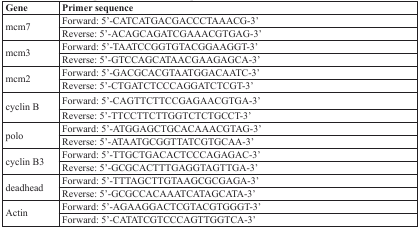
<table><thead><tr><td><b>Gene</b></td><td><b>Primer sequence</b></td></tr></thead><tbody><tr><td rowspan="2">mcm7</td><td>Forward: 5′-CATCATGACGACCCTAAACG-3′</td></tr><tr><td>Reverse: 5′-ACAGCAGATCGAAACGTGAG-3′</td></tr><tr><td rowspan="2">mcm3</td><td>Forward: 5′-TAATCCGGTGTACGGAAGGT-3′</td></tr><tr><td>Reverse: 5′-GTCCAGCATAACGAAGAGCA-3′</td></tr><tr><td rowspan="2">mcm2</td><td>Forward: 5′-GACGCACGTAATGGACAATC-3′</td></tr><tr><td>Reverse: 5′-CTGATCTCCCAGGATCTCGT-3′</td></tr><tr><td rowspan="2">cyclin B</td><td>Forward: 5′-CAGTTCTTCCGAGAACGTGA-3′</td></tr><tr><td>Reverse: 5′-TTCCTTCTTGGTCTCTGCCT-3′</td></tr><tr><td rowspan="2">polo</td><td>Forward: 5′-ATGGAGCTGCACAAACGTAG-3′</td></tr><tr><td>Reverse: 5′-ATAATGCGGTTATCGTGCAA-3′</td></tr><tr><td rowspan="2">cyclin B3</td><td>Forward: 5′-TTGCTGACACTCCCAGAGAC-3′</td></tr><tr><td>Reverse: 5′-GCGCACTTTGAGGTAGTTGA-3′</td></tr><tr><td rowspan="2">deadhead</td><td>Forward: 5′-TTTAGCTTGTAAGCGCGAGA-3′</td></tr><tr><td>Reverse: 5′-GCGCCACAAATCATAGCATA-3′</td></tr><tr><td rowspan="2">Actin</td><td>Forward: 5′-AGAAGGACTCGTACGTGGGT-3′</td></tr><tr><td>Forward: 5′-CATATCGTCCCAGTTGGTCA-3′</td></tr></tbody></table>